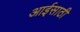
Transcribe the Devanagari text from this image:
आईसाठी